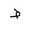
Letter: _da